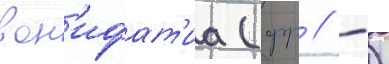
вон'ифат'иа (фр // -)